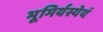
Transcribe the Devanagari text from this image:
भूमिर्यस्येयं